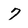
Character: 7